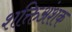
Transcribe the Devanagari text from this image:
शक्तिअंशक